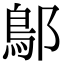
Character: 鄥